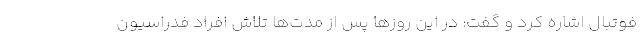
فوتبال اشاره کرد و گفت: در این روزها پس از مدت‌ها تلاش افراد فدراسیون